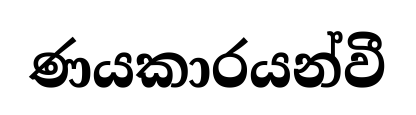
ණයකාරයන්වී